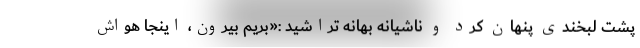
پشت لبخندی پنهان کرد و ناشیانه بهانه تراشید :«بریم بیرون، اینجا هواش